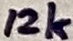
Text: 12k